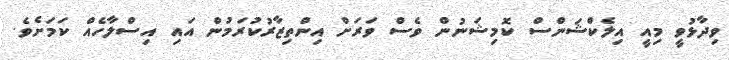
ވިދާޅުވީ މިއީ އިލެކްޝަންސް ކޮމިޝަނުން ވެސް ވަރަށް އިންތިޒާރުކުރަމުން އައި އިސްލާހެއް ކަމަށެވެ.